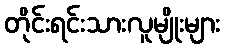
တိုင်းရင်းသားလူမျိုးများ